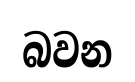
බවන